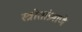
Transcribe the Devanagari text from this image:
स्त्रोतांप्रमाणे